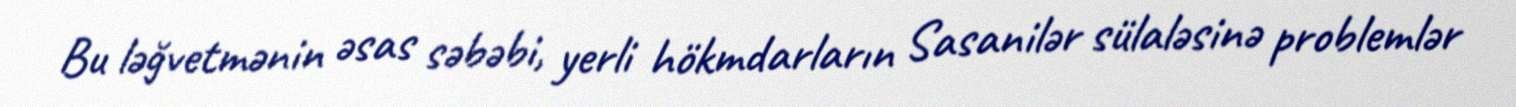
Bu ləğvetmənin əsas səbəbi, yerli hökmdarların Sasanilər sülaləsinə problemlər